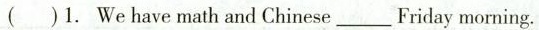
( )1.We have math and Chinese ___ Friday morning.